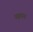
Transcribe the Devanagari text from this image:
नहयन